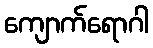
ကျောက်ရောဂါ